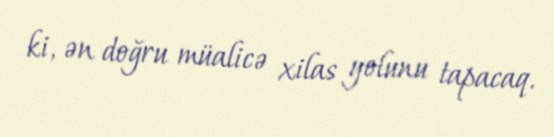
ki, ən doğru müalicə xilas yolunu tapacaq.